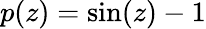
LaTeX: p(z)=\sin(z)-1